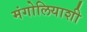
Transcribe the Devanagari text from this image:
मंगोलियाशी